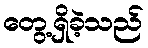
တွေ့ရှိခဲ့သည်